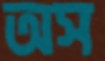
অস